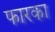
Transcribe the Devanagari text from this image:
फारका